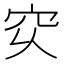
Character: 𥤳